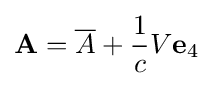
\mathbf {A} ={\overline {A}}+{\frac {1}{c}}V\mathbf {e} _{4}